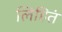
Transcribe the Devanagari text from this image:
लिहितं